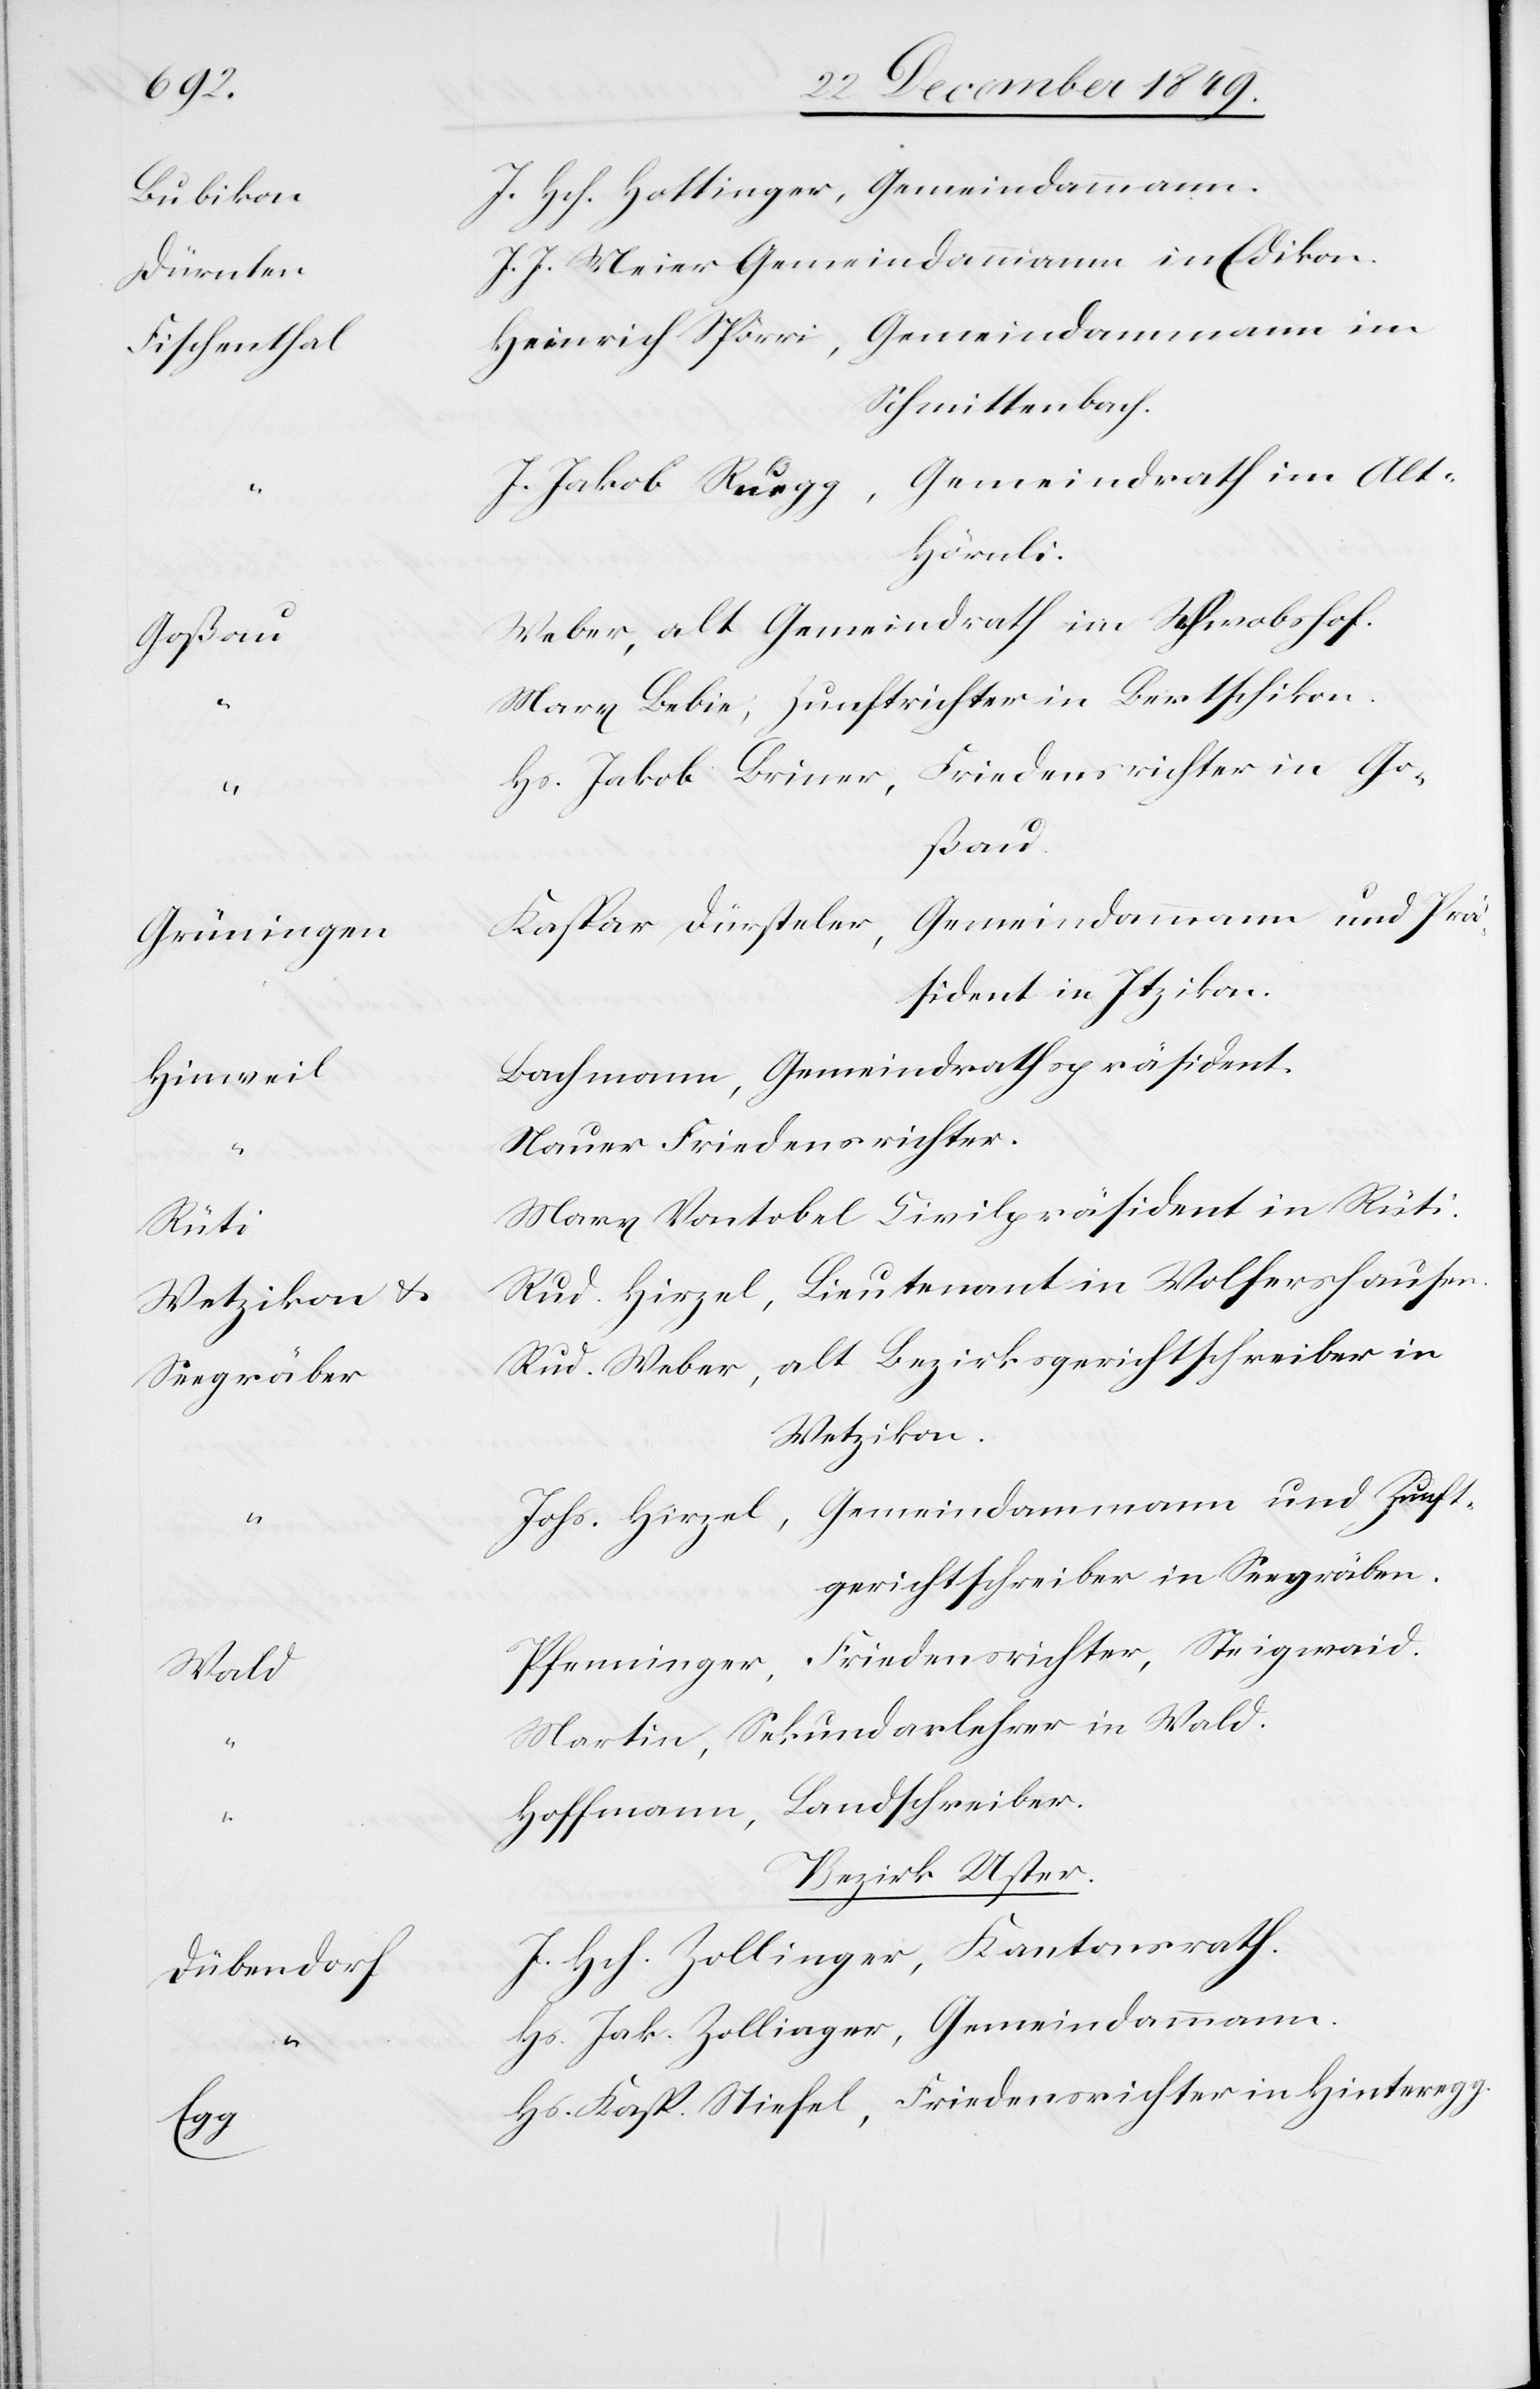
“				H¬
Bubiko¬
Fischentha¬
Grüninge¬
Hinwei¬
Wetzikon u.
Seegräbe¬
Wal¬
l		H¬

n		J. Hch. Hottinger, Gemeindammann.
J. Meier Gemeindammann in Edikon.
einrich Spörri, Gemeindammann im
Schmittenbach.
Jakob Ruegg, Gemeindrath im Al¬
Goßau			W¬
eber, alt Gemeindrath im Schwabshof.
Bebie, Zunftrichter in Bertschikon.
Jakob Briner, Friedensrichter in Go¬
ßau.
n		Kaspar Dürsteler, Gemeindammann und Prä¬
sident in Itzikon.
achmann, Gemeindrathspräsident.
auer Friedensrichter.
Vontobel Civilpräsident in Rüti.
r		Rud. Hirzel, Lieutnant in Wolfershausen.
Weber, alt Bezirksgerichtsschreiber in
Wetzikon.
ohs. Hirzel, Gemeindammann und Zunft¬
gerichtsschreiber in Seegräben.
fenninger, Friedensrichter, Steigwaid.
artin, Sekundarlehrer in Wald.
offmann, Landschreiber.
Bezirk Uster.
Hch. Zollinger, Kantonsrath.
Jak. Zollinger, Gemeindammann.
Kasp. Stiefel, Friedensrichter in Hinteregg.